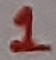
Text: 1